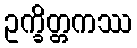
ဥက္ခိတ္တကဿ